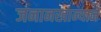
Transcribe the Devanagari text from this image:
जनानखान्याने